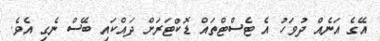
އޭގެ އަނެއް ދުވަހު އެ ޓެސްޓްތައް ޑޮކްޓަރަށް ދައްކައި ބޭސް ނެގި އެވެ.